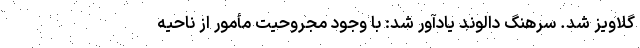
گلاویز شد. سرهنگ دالوند یادآور شد: با وجود مجروحیت مأمور از ناحیه